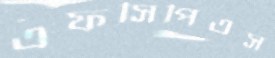
এফসিপিএস